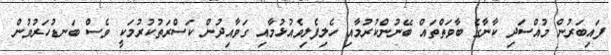
ފައިބަރުން މުއްސަދި ކާނާގެ ބާވަތްތައް ބޭނުންކުރުމާއި ހެލިފެލިވެއުޅުމާއި ގަވާއިދުން ކަސްރަތުކުރުމަކީ ވެސް ބަނޑުހަރުވުން